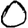
Digit: 0